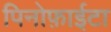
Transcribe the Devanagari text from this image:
पिनोफ़ाईटा